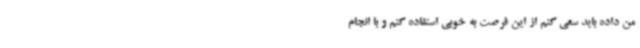
من داده باید سعی کنم از این فرصت به خوبی استفاده کنم و با انجام‌